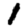
Digit: 1